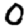
Digit: 0